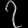
Digit: ၇